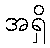
အရှိ